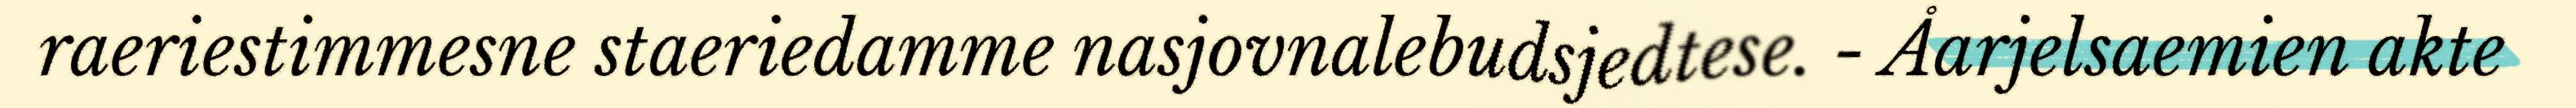
raeriestimmesne staeriedamme nasjovnalebudsjedtese. - Åarjelsaemien akte